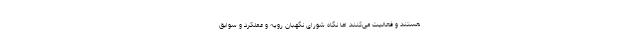
هستند و فعالیت می‌کنند اما نگاه شورای نگهبان رویه و عملکرد و سوابق